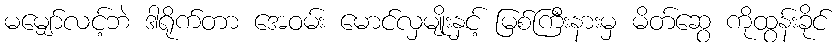
မမျှော်လင့်ဘဲ ဒါရိုက်တာ အေဝမ်း မောင်လှမျိုးနှင့် မြစ်ကြီးနားမှ မိတ်ဆွေ ကိုထွန်းခိုင်